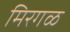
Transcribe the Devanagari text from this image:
मिरगळ